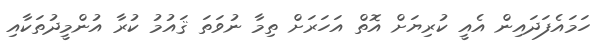
ހަމައެފަދައިން އެއީ ކުރިޔަށް އޮތް އަހަރަށް ތިމާ ނުވަތަ ޤައުމު ކުރާ އުންމީދުތަކާއި